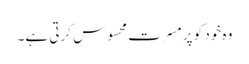
وہ خود کو پر مسرت محسوس کرتی ہے۔